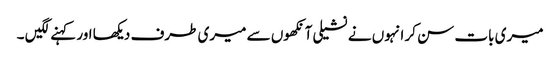
میری بات سن کر انہوں نے نشیلی آنکھوں سے میری طرف دیکھا اور کہنے لگیں ۔